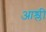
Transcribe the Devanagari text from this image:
आश्ली